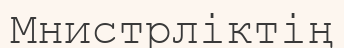
Мнистрліктің